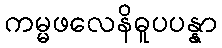
ကမ္မဖလေနိဓူပပန္နာ